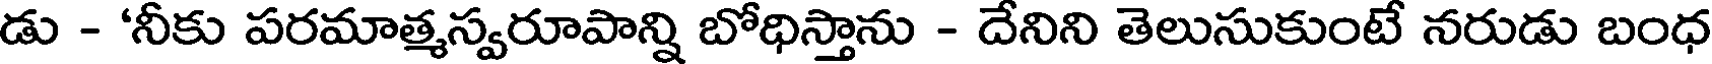
డు - 'నీకు పరమాత్మస్వరూపాన్ని బోధిస్తాను - దేనిని తెలుసుకుంటే నరుడు బంధ